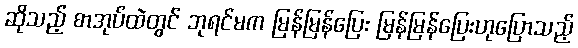
ဆိုသည့် စာအုပ်ထဲတွင် ဘုရင်မက မြန်မြန်ပြေး မြန်မြန်ပြေးဟုပြောသည့်